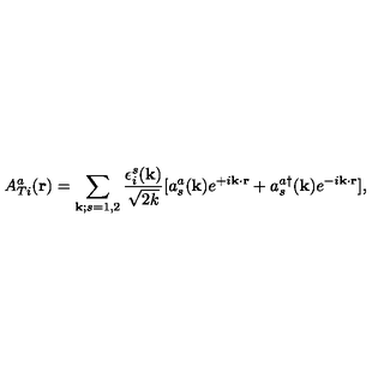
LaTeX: A _ { T i } ^ { a } ( { \bf { r } } ) = \sum _ { { \bf { k } } ; s = 1 , 2 } \frac { \epsilon _ { i } ^ { s } ( { \bf { k } } ) } { \sqrt { 2 k } } [ a _ { s } ^ { a } ( { \bf { k } } ) e ^ { + i { \bf { k } } \cdot { \bf { r } } } + a _ { s } ^ { a \dagger } ( { \bf { k } } ) e ^ { - i { \bf { k } } \cdot { \bf { r } } } ] ,